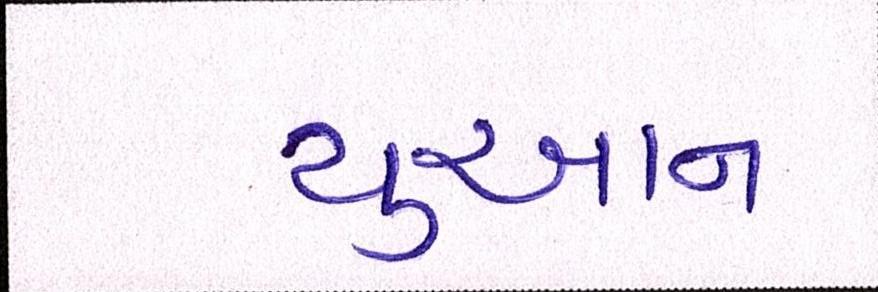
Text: યુઆન